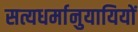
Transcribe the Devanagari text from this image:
सत्यधर्मानुयायियों